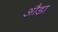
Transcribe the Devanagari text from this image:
औडा